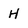
Character: H